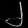
Digit: ၂